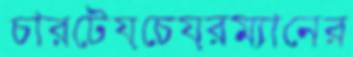
চারটেয়চেয়রম্যানের